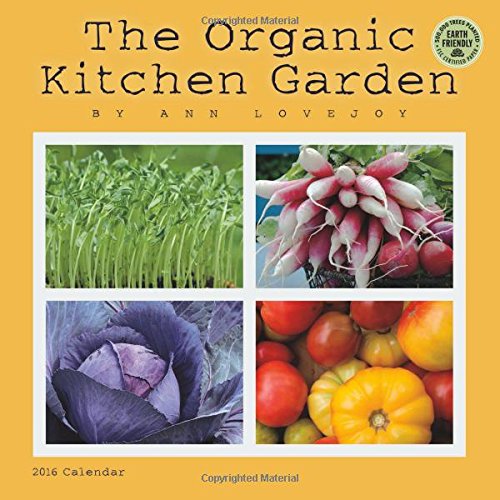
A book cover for The Organic Kitchen Garden 2016 Wall Calendar; Ann Lovejoy; Calendars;